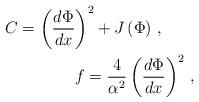
LaTeX: \begin{align*}C=\left( \frac{d\Phi }{dx}\right) ^{2}+J\left( \Phi \right) \,,\ \ \ \ \ \ \\ \ \ \ \ \ \ \ \ \ \ \ \ \ \ \ \ \ \ \ \ \ f=\frac{4}{\alpha ^{2}}\left( \frac{d\Phi }{dx}\right) ^{2}\,, \end{align*}